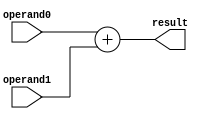
`timescale 1ns / 1ps

module adder(
    input [7:0] operand0,
    input [7:0] operand1,
    output [7:0] result
    );

	/*TODO: Add your logic code here*/

   assign result = operand0 + operand1;

endmodule